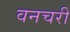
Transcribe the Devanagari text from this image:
वनचरी